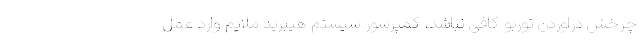
چرخش دراوردن توربو کافی نباشد، کمپرسور سیستم هیبرید ملایم وارد عمل